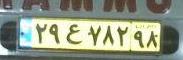
۲۹ع۷۸۲۹۸